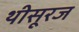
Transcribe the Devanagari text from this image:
थीसूरज